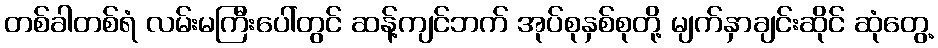
တစ်ခါတစ်ရံ လမ်းမကြီးပေါ်တွင် ဆန့်ကျင်ဘက် အုပ်စုနှစ်စုတို့ မျက်နှာချင်းဆိုင် ဆုံတွေ့